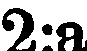
2:a